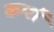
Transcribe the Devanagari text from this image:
कर्पा